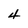
Character: 4